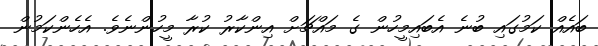
ބައެއް ކަމުގައި ބުނެ އެބައިމީހުން ގެ މައްޗަށް އިންކާރު ކުރާ މީހުންނެވެ. އެހެންކަމުން